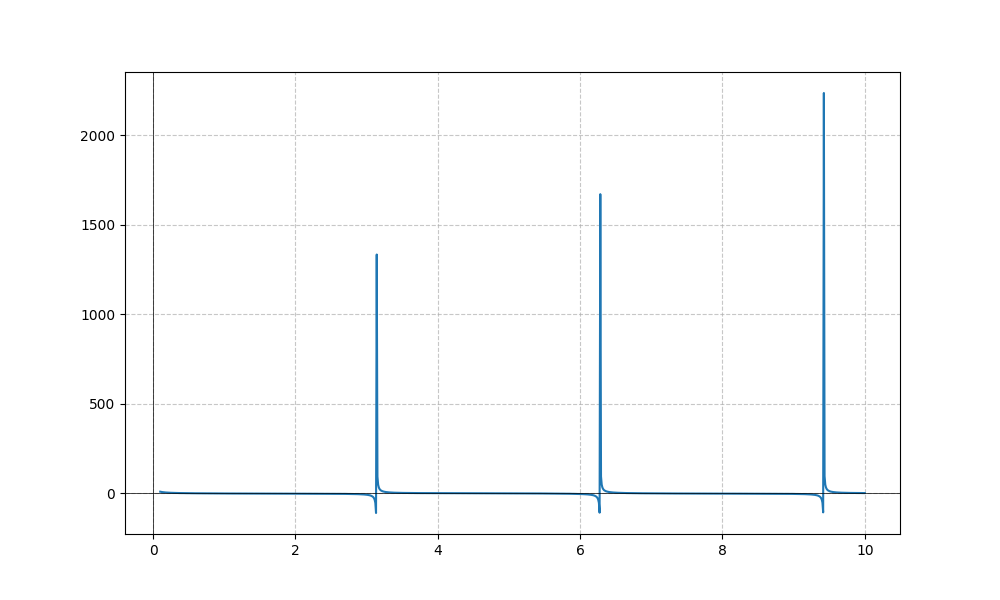
LaTeX formula: - \sin{\left(x \right)} + \cot{\left(x \right)}